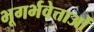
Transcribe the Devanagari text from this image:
भूगर्भवेत्ताओं